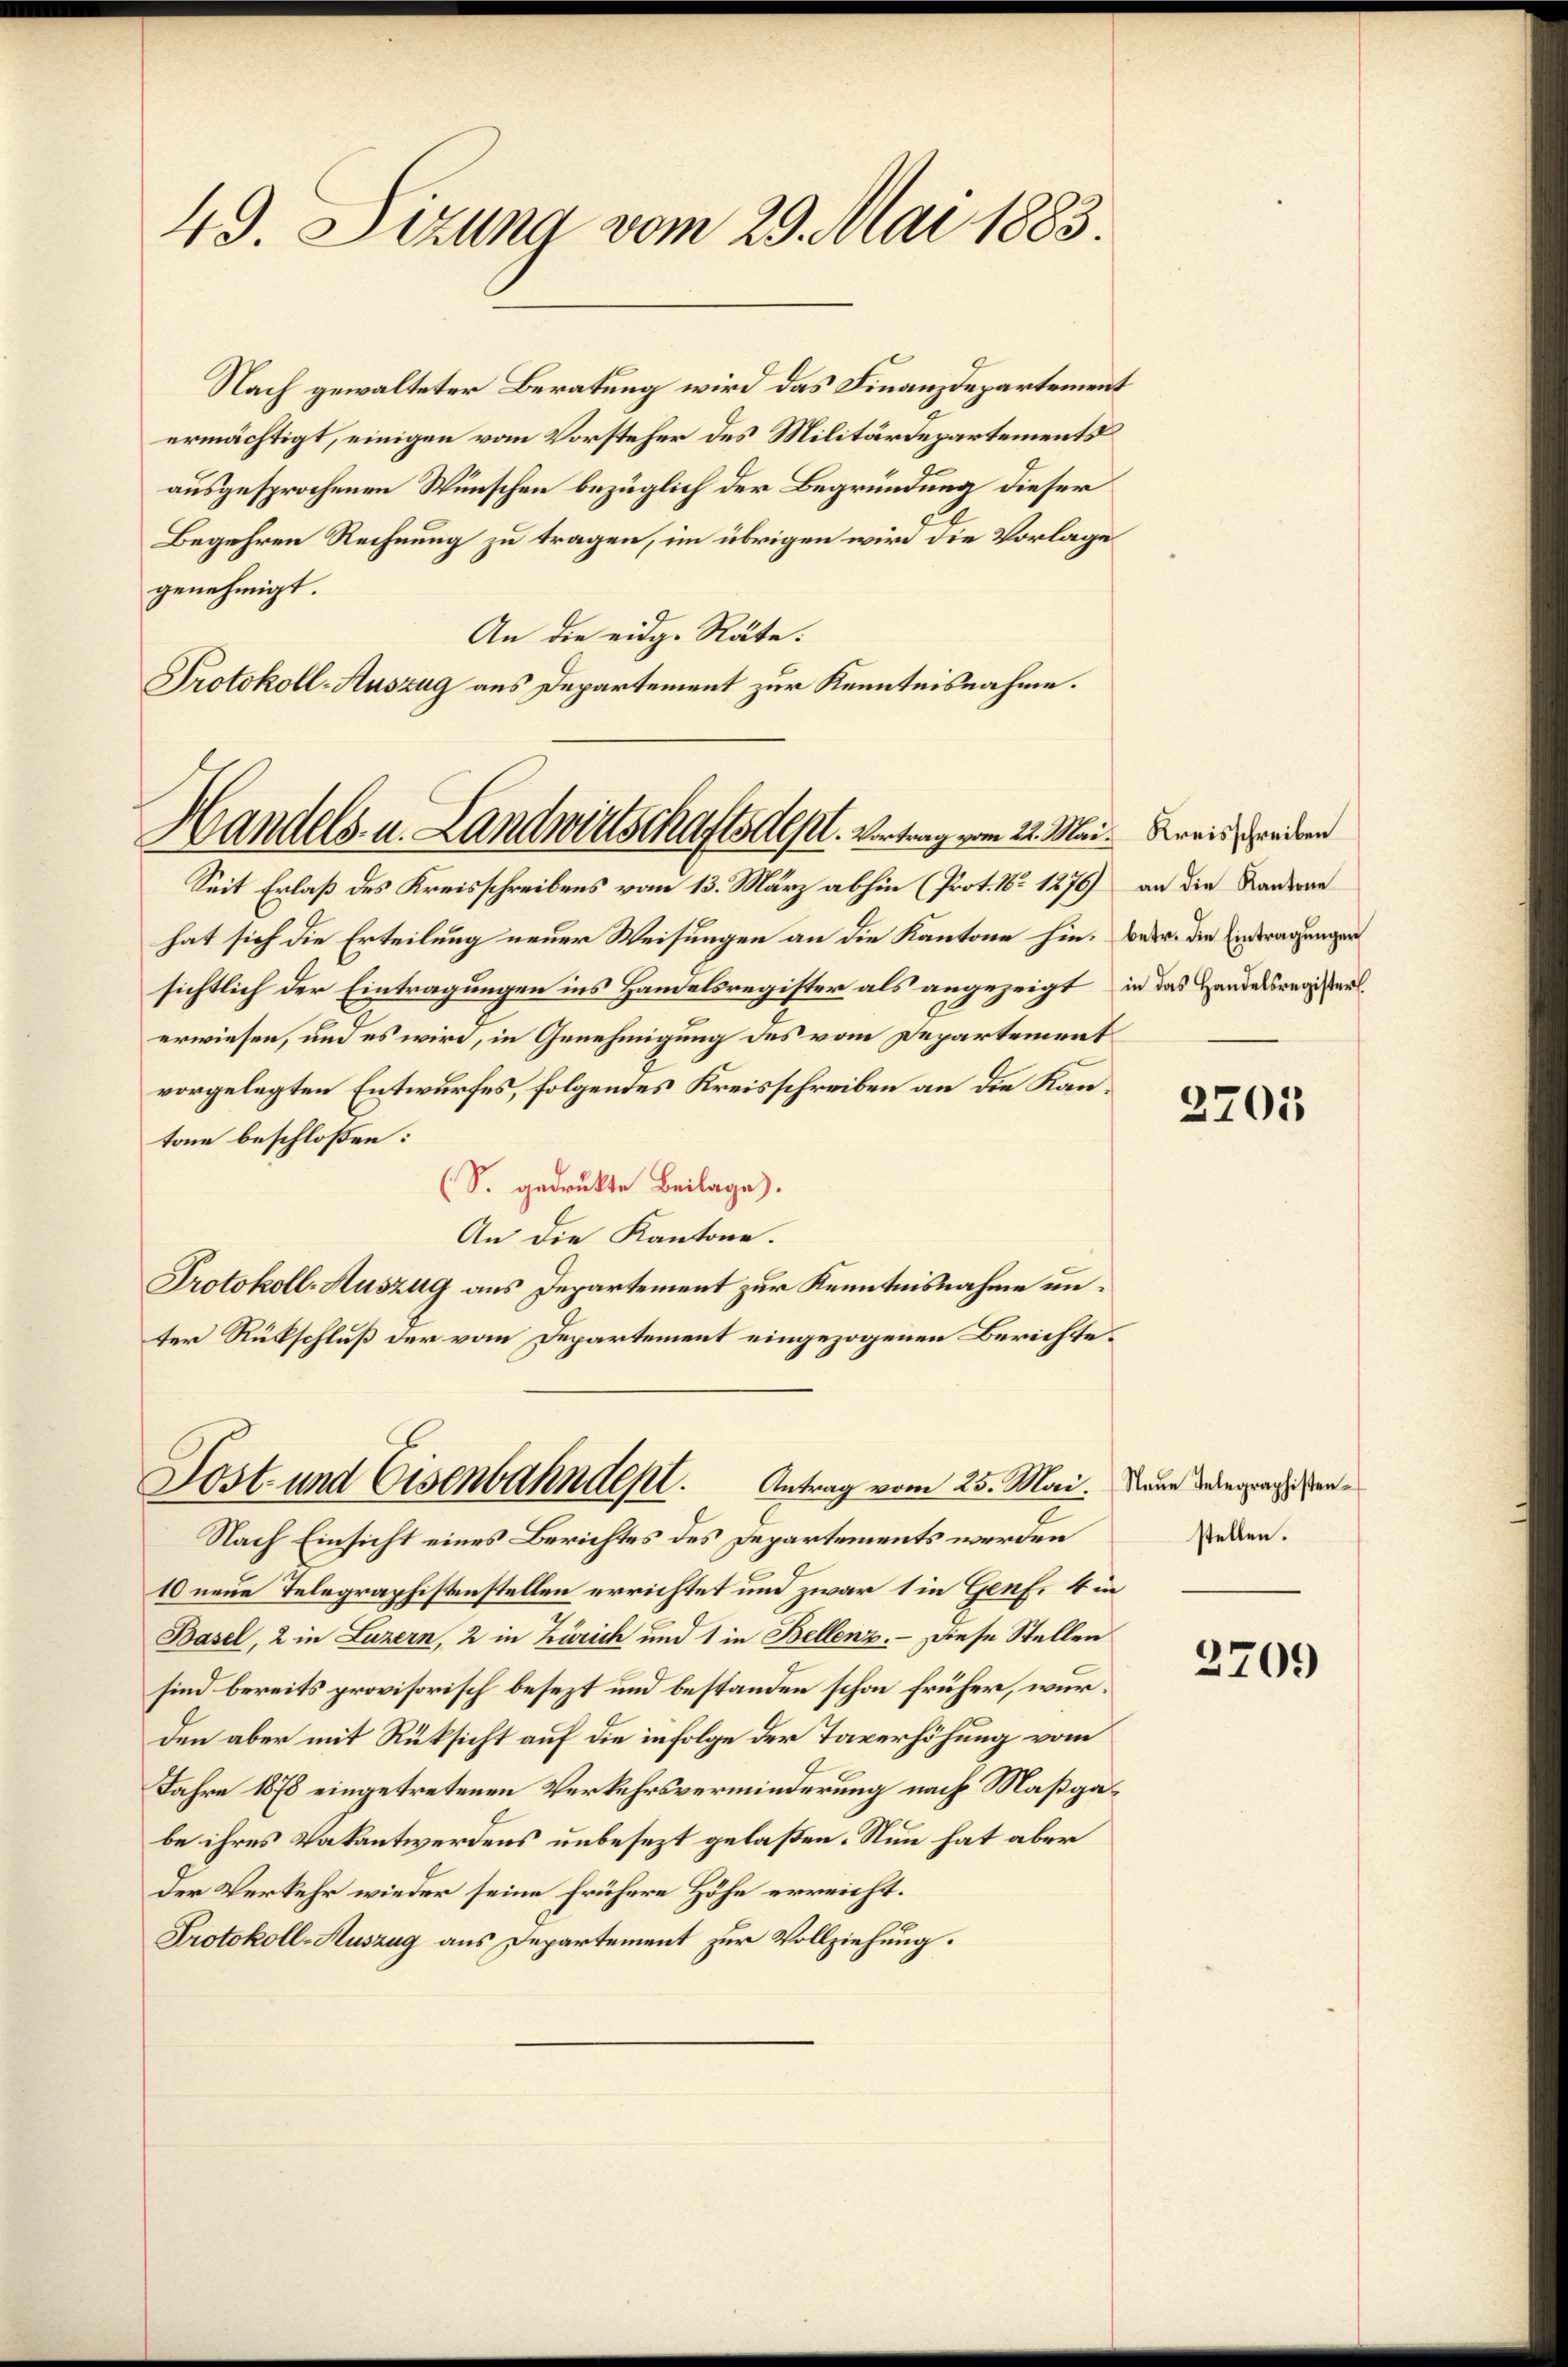
49. Sizung vom 29. Mai 1883.

Handels- u. Landwirtschaftsdest. Vertrag vom 22. Mai. Kreis werden

Nach gewalteter Beratung wird das Finanzdepartement
ermächtigt, einigen vom Vorsteher des Militärdepartements
ausgesprochenen Wünschen bezüglich der Begründung dieser
Begehren Rechnung zu tragen, im übrigen wird die Vorlage
genehmigt.
An die eidg. Räte.
Protokoll-Auszug aus Departement zur Kenntnisnahme.

Sost- und Eisenbahndept. Antrag vom 25. Mai.
Nach Einsicht eines Berichtes des Departements werden

Seit Erlaß des Kreisschreibens vom 13. März abhin (Prot. No 1276)
hat sich die Erteilung neuer Weisungen an die Kantone hinsichtlich der Eintragungen ins Handelsregister als angezeigt
erwiesen, und es wird, in Genehmigung des vom Departement
vorgelegten Entwurfes, folgendes Kreisschreiben an die Kantone beschloßen:
(S. gedrukte Beilage).
An die Kantone.
Protokoll-Auszug aus Departement zur Kenntnisnahme unter Rükschluß der vom Departement eingezogenen Berichte
10 neue Telegraphistenstellen errichtet und zwar 1 in Genf. 4 in
Basel, 2 in Luzern, 2 in Zürich und 1 in Bellenz.   Diese Stellen
sind bereits provisorisch besezt und bestanden schon früher, wurden aber mit Rüksicht auf die infolge der Taverhöhung vom
Jahre 1878 eingetretenen Verkehrsverminderung nach Maßga
be ihres Vakantwerdens unbesezt gelaßen. Nun hat aber
Der Verkehr wieder seine frühere Höhe erreicht.
Protokoll-Auszug aus Departement zur Vollziehung.

an die Kantone
betr. die Eintragungen
in das Handelsregister

2701

Neue Telegraphistenstellen.
t

f

2709